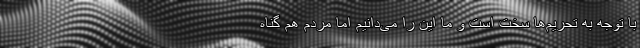
با توجه به تحریم‌ها سخت است و ما این را می‌دانیم اما مردم هم گناه